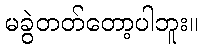
မခွဲတတ်တော့ပါဘူး။